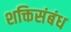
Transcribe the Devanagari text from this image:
शक्तिसंबंध